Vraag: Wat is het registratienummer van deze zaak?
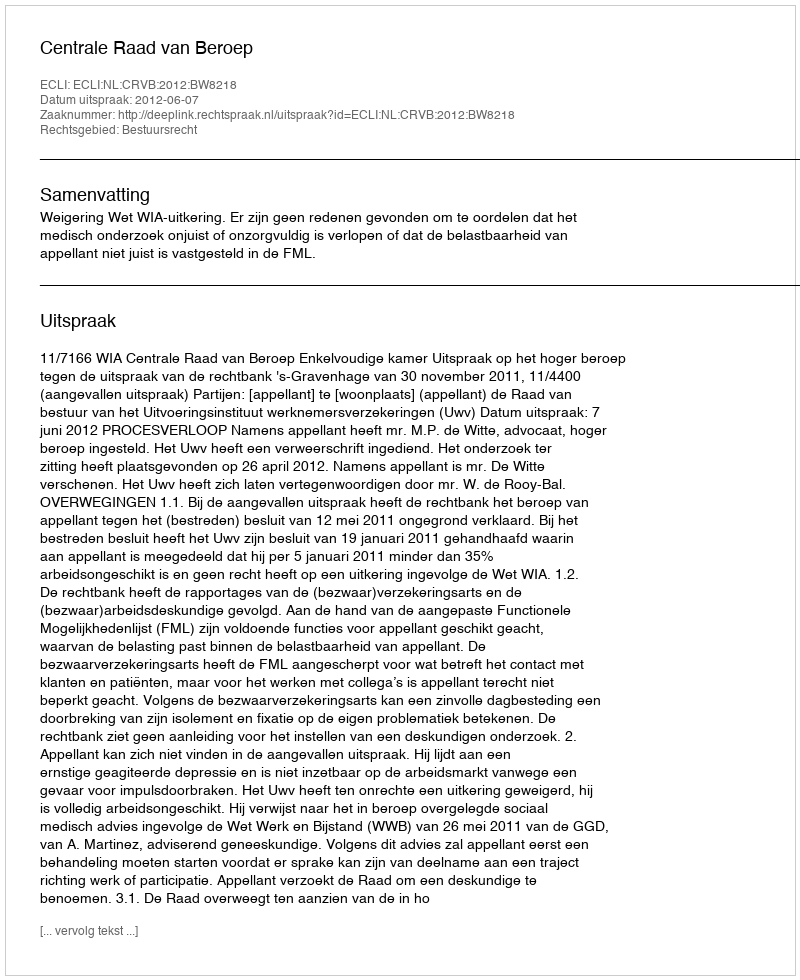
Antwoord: http://deeplink.rechtspraak.nl/uitspraak?id=ECLI:NL:CRVB:2012:BW8218